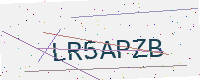
Text: LR5APZB